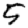
Digit: 5